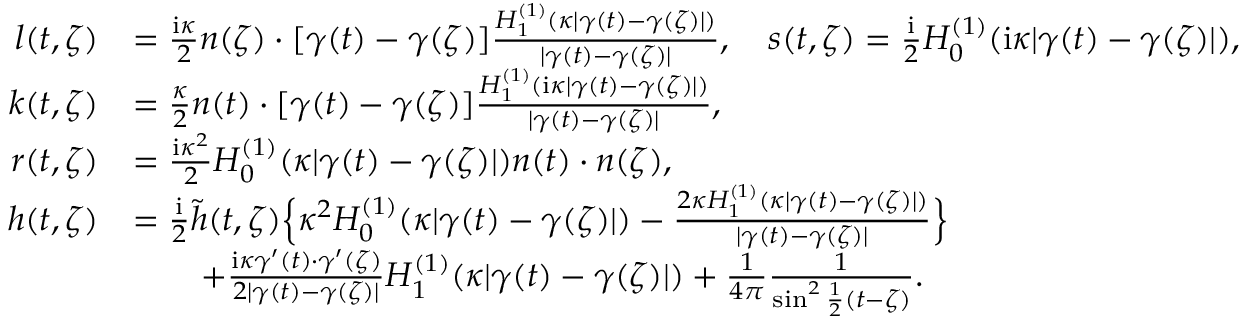
\begin{array} { r l } { l ( t , \zeta ) } & { = \frac { \mathrm { i } \kappa } { 2 } n ( \zeta ) \cdot [ \gamma ( t ) - \gamma ( \zeta ) ] \frac { H _ { 1 } ^ { ( 1 ) } ( \kappa | \gamma ( t ) - \gamma ( \zeta ) | ) } { | \gamma ( t ) - \gamma ( \zeta ) | } , \quad s ( t , \zeta ) = \frac { \mathrm { i } } { 2 } H _ { 0 } ^ { ( 1 ) } ( \mathrm { i } \kappa | \gamma ( t ) - \gamma ( \zeta ) | ) , } \\ { k ( t , \zeta ) } & { = \frac { \kappa } { 2 } n ( t ) \cdot [ \gamma ( t ) - \gamma ( \zeta ) ] \frac { H _ { 1 } ^ { ( 1 ) } ( \mathrm { i } \kappa | \gamma ( t ) - \gamma ( \zeta ) | ) } { | \gamma ( t ) - \gamma ( \zeta ) | } , } \\ { r ( t , \zeta ) } & { = \frac { \mathrm { i } \kappa ^ { 2 } } { 2 } H _ { 0 } ^ { ( 1 ) } ( \kappa | \gamma ( t ) - \gamma ( \zeta ) | ) n ( t ) \cdot n ( \zeta ) , } \\ { h ( t , \zeta ) } & { = \frac { \mathrm { i } } { 2 } \tilde { h } ( t , \zeta ) \Big \{ \kappa ^ { 2 } H _ { 0 } ^ { ( 1 ) } ( \kappa | \gamma ( t ) - \gamma ( \zeta ) | ) - \frac { 2 \kappa H _ { 1 } ^ { ( 1 ) } ( \kappa | \gamma ( t ) - \gamma ( \zeta ) | ) } { | \gamma ( t ) - \gamma ( \zeta ) | } \Big \} } \\ & { \qquad + \frac { \mathrm { i } \kappa \gamma ^ { \prime } ( t ) \cdot \gamma ^ { \prime } ( \zeta ) } { 2 | \gamma ( t ) - \gamma ( \zeta ) | } H _ { 1 } ^ { ( 1 ) } ( \kappa | \gamma ( t ) - \gamma ( \zeta ) | ) + \frac { 1 } { 4 \pi } \frac { 1 } { \sin ^ { 2 } \frac { 1 } { 2 } ( t - \zeta ) } . } \end{array}